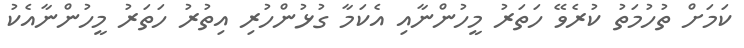
ކަމަށް ތުހުމަތު ކުރެވޭ ހަތަރު މީހުންނާއި އެކަމާ ގުޅުންހުރި އިތުރު ހަތަރު މީހުންނާއެކު